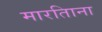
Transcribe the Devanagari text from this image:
मारतिाना